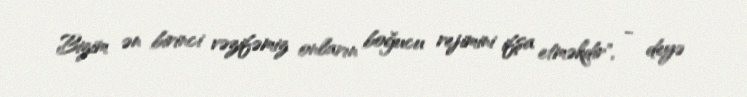
Bizim ən birinci vəzifəmiz onların boğucu rejimini ifşa etməkdir", - deyə